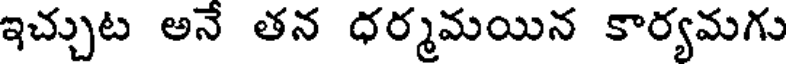
ఇచ్చుట అనే తన ధర్మమయిన కార్యమగు